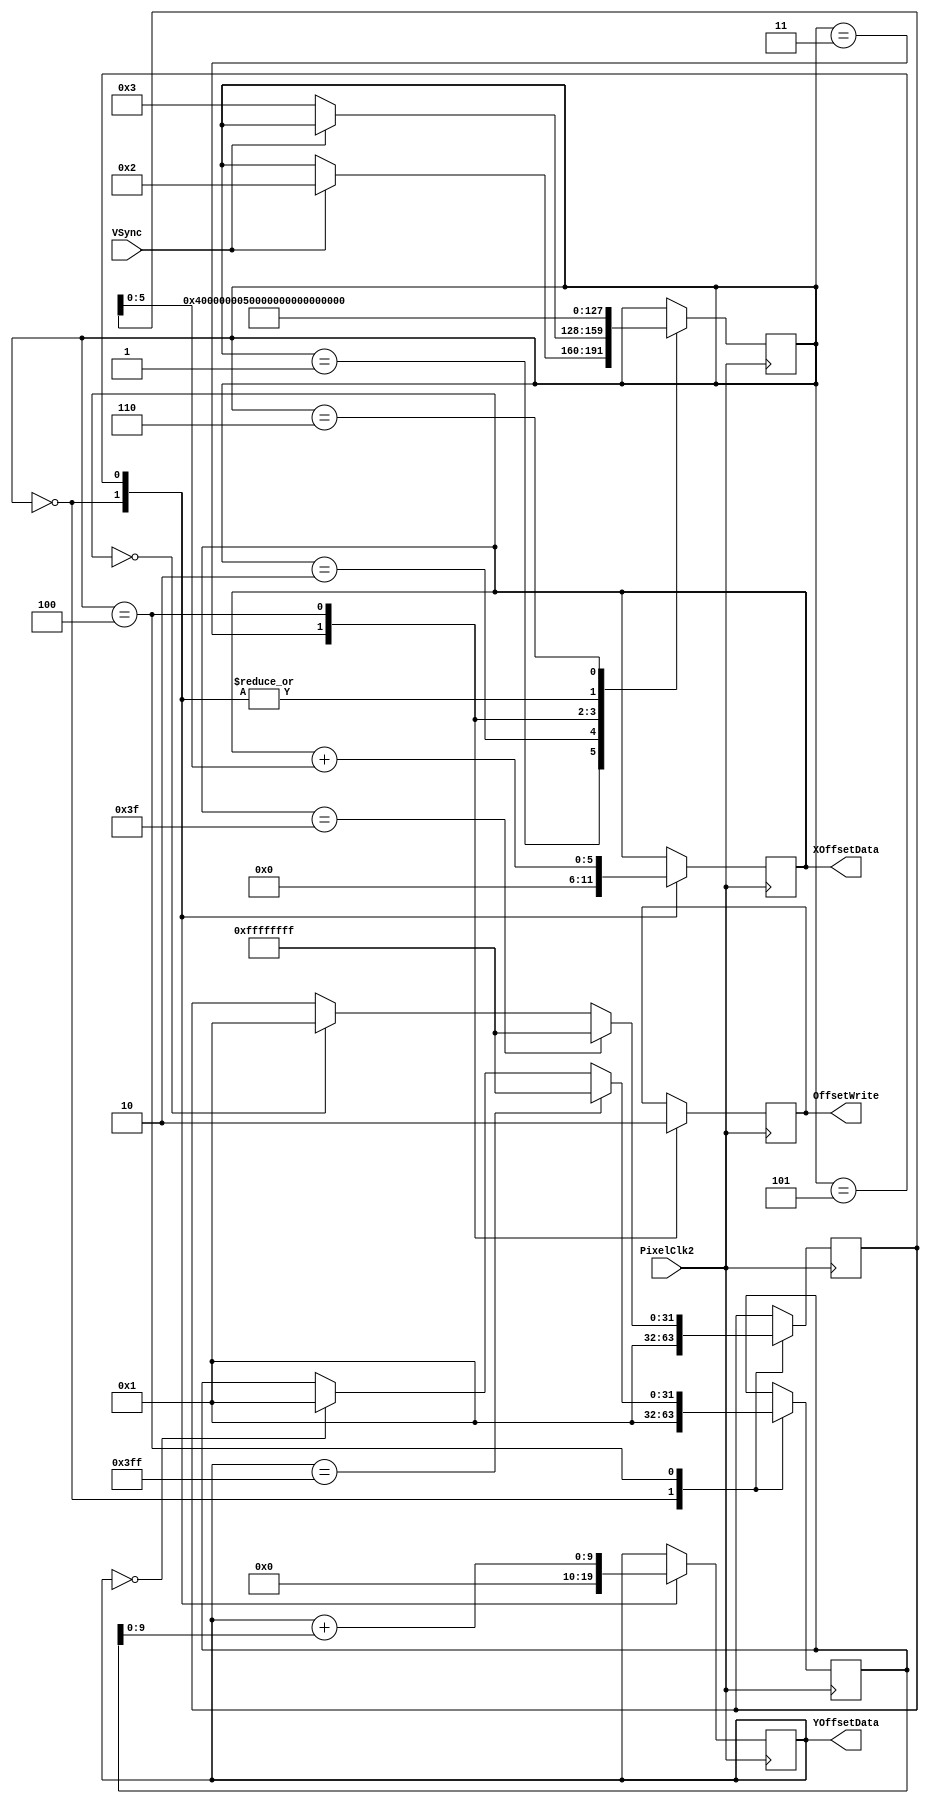
module Test
( input PixelClk2,
  input VSync,
  output reg [5:0] XOffsetData,
  output reg [9:0] YOffsetData,
  output reg OffsetWrite
);

  integer StatusL1;
  integer Xdir;
  integer Ydir;
  
  initial
    begin
		StatusL1 = 0;
		XOffsetData = 0;
		YOffsetData = 0;
		OffsetWrite = 0;
		Xdir = 1;
		Ydir = 1;
	 end

  always @(negedge PixelClk2)
    begin
	   case(StatusL1)
		  0: begin
		       XOffsetData = 0;
				 YOffsetData = 0;
				 Xdir = 1;
				 Ydir = 1;
				 StatusL1 = 1;
		     end
        1: begin
		       if (VSync == 1) StatusL1 = 2;
		     end
        2: begin
		       if (VSync == 0) StatusL1 = 3;
		     end
		  3: begin
		       OffsetWrite = 1;
				 StatusL1 = 4;
		     end
		  4: begin
		       OffsetWrite = 0;
				 if (XOffsetData == 6'b111111) Xdir = -1;
				 else if (XOffsetData == 6'b000000) Xdir = 1;
				      else Xdir = Xdir;
				 if (YOffsetData == 10'b1111111111) Ydir = -1;
				 else if (YOffsetData == 10'b0000000000) Ydir = 1;
				      else Ydir = Ydir;
             StatusL1 = 5;
		     end
        5: begin
		       XOffsetData = XOffsetData + Xdir;
				 YOffsetData = YOffsetData + Ydir;
				 StatusL1 = 1;
		     end
		  6: begin
		       StatusL1 = 6;
		     end
      endcase
    end

endmodule